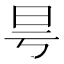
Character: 𣅘